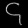
Digit: ၄